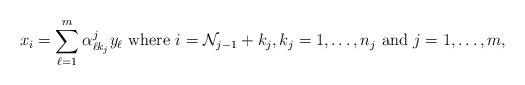
LaTeX: \begin{align*} x_i= \sum_{\ell=1}^m \alpha^j_{\ell k_j} y_{\ell} ~\mbox{where}~ i=\mathcal{N}_{j-1}+k_j, k_j=1, \dots, n_j ~\mbox{and}~ j=1, \dots, m,\end{align*}